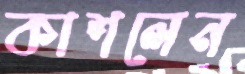
কাশলেন